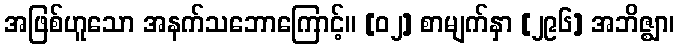
အဖြစ်ဟူသော အနက်သဘောကြောင့်။ [၀၂] စာမျက်နှာ [၂၉၆] အဘိဇ္ဈာ၊